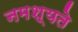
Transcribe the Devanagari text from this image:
नमश्यते